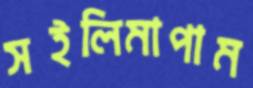
সইলিমাপাম